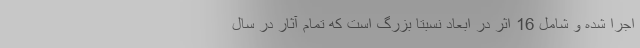
اجرا شده و شامل 16 اثر در ابعاد نسبتا بزرگ است که تمام آثار در سال